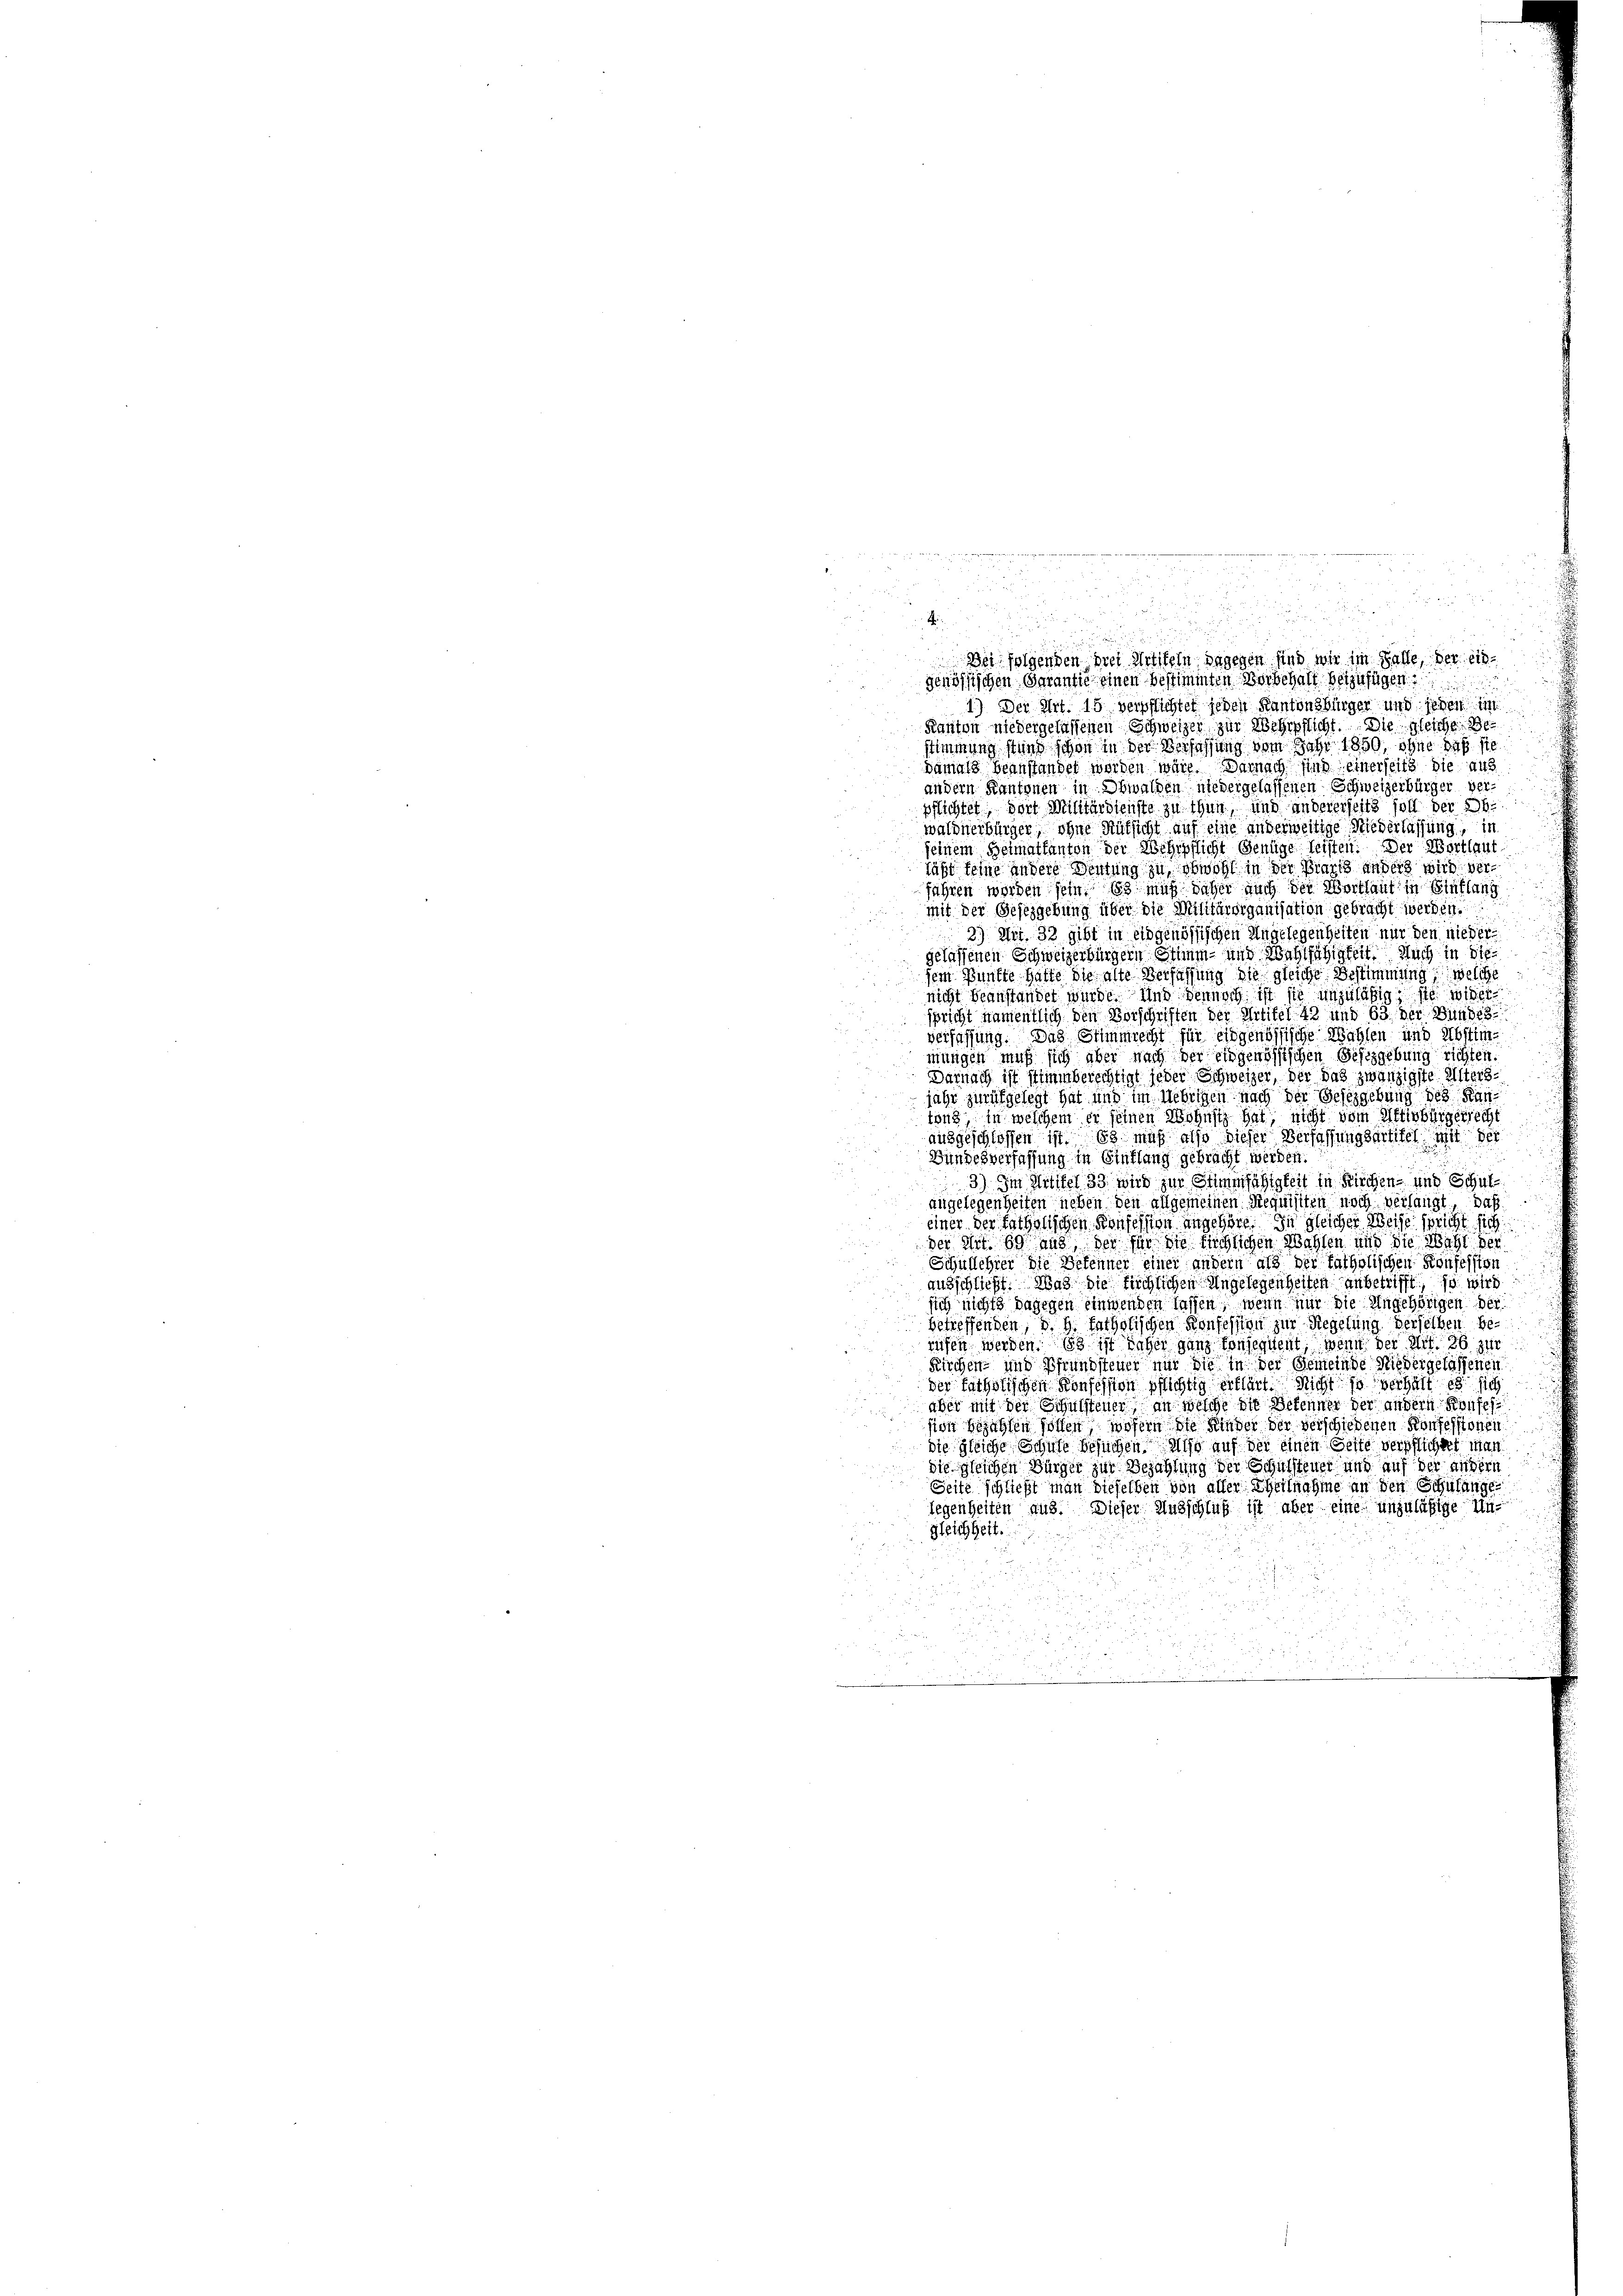
.

.
r

A

2
Dei folgenden drei Artikeln dagegen sind wir im Falle, der eigenössischen Garantie einen bestimmten Vorbehalt beizufügen

1.) Der Art. 15 verpflichtet jeden Kantonsbürger und jeden im
Kanton niedergelassenen Schweizer zur Wehrpflicht. Die gleiche Be
stimmung stand schon in der Verfassung vom Jahr 1850, ohne daß sie
damals beanstandet worden wäre. Darnach sind einerseits die aus
andern Kantonen in Obwalden niedergelassenen Schweizerbürger verpflichtet, dort Militärdienste zu thun, und andererseits soll der 26.
waldnerbürger, ohne Rüksicht auf eine anderweitige Niederlassung, in
seinem Heimatkanton der Wehrpflicht Genüge leisten. Der Wortlaut
läßt seine andere Deutung zu obwohl in der Brand anders wird verfahren worden sein. Es muß daher auch der Wortlaut in Einflung
mit der Gesetzgebung über die Militärorganisation gebracht werden.
2) Art. 32 gibt in eidgenössischen Angelegenheiten nur den nieder
gelassenen Schweizerbürgern Stimm- und Wahlfähigkeit. Auch in die
sem Bünfte hatte die alte Verfassung die gleiche Bestimmung, welche
nicht beanstandet würde. Und dennoch ist sie unzuläßig, sie wie
spricht namentlich den Vorschriften der Artikel 42 und 63. Der Bundes
verfassung. Das Stimmrecht für eidgenössische Wahlen und Abstimmungen muß sich aber nach der eidgenössischen Gefizgebung richten.
Darnach ist Stimmberechtigt jeder Schweizer, der das zwanzigste Altersjahr zurükgelegt hat und im Uebrigen nach der Gesetzgebung des Kantung, in welchem er seinen Wohnsitz hat, nicht vom Aktivbürgerrecht
ausgeschlossen ist. Es muß also dieser Verfassungsartitel mit der
Bundesverfassung in Einflung gebracht werden.
3) Im Artikel 33 wird zur Stimmfähigkeit in Kirchen- und Schul
angelegenheiten neben den allgemeinen Requisiten noch verlangt, daß
einer der katholischen Konfession angehöre. In gleicher Weise spricht sich
der ehrt. 60 aus, der für die tüchlichen Wahlen und die Wahl der
Schullehrer die Befehner einer andern als der tatholischen Konsession
ausschließt. Was die fürchlichen Angelegenheiten anbetrifft so wird
sich nichts dagegen Einwenden lassen, wenn nur die Angehörigen der
betreffenden B. H. Patholischen Konfession zur Regelung derselben berufen werden. 83 ist daher ganz konsequent, wenn der Art. 36 zur
Kirchen- und Pfrundsteuer nur die in der Gemeinde Niedergelassenen
der fathstischen Konfession pflichtig erklärt. Nicht so verhält es sich
aber mit der Schulsteuer, an welche die Bekenner der andern Kaufe
sion bezahlen hoffen, wofern die Kinder der verschiedenen Konfessionen
die gleiche Schule besuchen Miso auf der einen Geste verpflichtet man
die gleichen Bürger zur Bezahlung der Schulsteuer und auf der außern
Seite schließt man dieselben von aller Theilnahme an den Schulange
legenheiten aus. Dieser Ausschluß ist aber eine unzuläßige Ungleichheit.